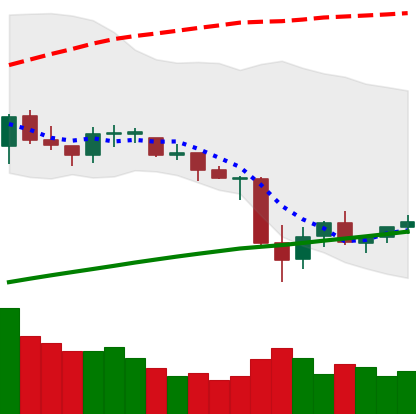
Ticker: ETC-USD
Chart end date: 2021-06-28
Forward return: 31.161%
Label: up_7plus